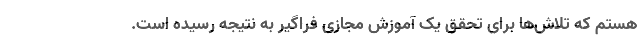
هستم که تلاش‌ها برای تحقق یک آموزش مجازی فراگیر به نتیجه رسیده است.